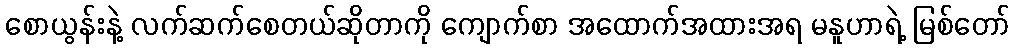
စောယွန်းနဲ့ လက်ဆက်စေတယ်ဆိုတာကို ကျောက်စာ အထောက်အထားအရ မနူဟာရဲ့ မြစ်တော်